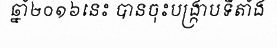
ឆ្នាំ២០១៦នេះ បានចុះបង្ក្រាបទីតាំង